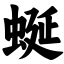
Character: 蜒